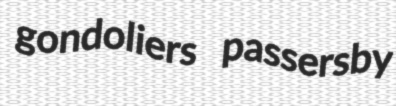
gondoliers passersby